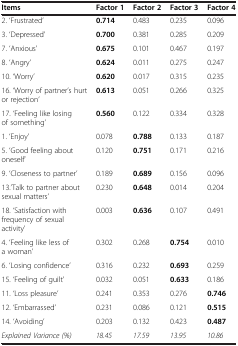
<table><thead><tr><td><b>Items</b></td><td><b>Factor 1</b></td><td><b>Factor 2</b></td><td><b>Factor 3</b></td><td><b>Factor 4</b></td></tr></thead><tbody><tr><td>2. ‘Frustrated’</td><td><b>0.714</b></td><td>0.483</td><td>0.235</td><td>0.096</td></tr><tr><td>3. ‘Depressed’</td><td><b>0.700</b></td><td>0.381</td><td>0.285</td><td>0.209</td></tr><tr><td>7. ‘Anxious’</td><td><b>0.675</b></td><td>0.101</td><td>0.467</td><td>0.197</td></tr><tr><td>8. ‘Angry’</td><td><b>0.624</b></td><td>0.011</td><td>0.275</td><td>0.247</td></tr><tr><td>10. ‘Worry’</td><td><b>0.620</b></td><td>0.017</td><td>0.315</td><td>0.235</td></tr><tr><td>16. ‘Worry of partner’s hurt or rejection’</td><td><b>0.613</b></td><td>0.051</td><td>0.266</td><td>0.325</td></tr><tr><td>17. ‘Feeling like losing of something’</td><td><b>0.560</b></td><td>0.122</td><td>0.334</td><td>0.328</td></tr><tr><td>1. ‘Enjoy’</td><td>0.078</td><td><b>0.788</b></td><td>0.133</td><td>0.187</td></tr><tr><td>5. ‘Good feeling about oneself’</td><td>0.120</td><td><b>0.751</b></td><td>0.171</td><td>0.216</td></tr><tr><td>9. ‘Closeness to partner’</td><td>0.189</td><td><b>0.689</b></td><td>0.156</td><td>0.096</td></tr><tr><td>13.’Talk to partner about sexual matters’</td><td>0.230</td><td><b>0.648</b></td><td>0.014</td><td>0.204</td></tr><tr><td>18. ‘Satisfaction with frequency of sexual activity’</td><td>0.003</td><td><b>0.636</b></td><td>0.107</td><td>0.491</td></tr><tr><td>4. ‘Feeling like less of a woman’</td><td>0.302</td><td>0.268</td><td><b>0.754</b></td><td>0.010</td></tr><tr><td>6. ‘Losing confidence’</td><td>0.316</td><td>0.232</td><td><b>0.693</b></td><td>0.259</td></tr><tr><td>15. ‘Feeling of guilt’</td><td>0.032</td><td>0.051</td><td><b>0.633</b></td><td>0.186</td></tr><tr><td>11. ‘Loss pleasure’</td><td>0.241</td><td>0.353</td><td>0.276</td><td><b>0.746</b></td></tr><tr><td>12. ‘Embarrassed’</td><td>0.231</td><td>0.086</td><td>0.121</td><td><b>0.515</b></td></tr><tr><td>14. ‘Avoiding’</td><td>0.203</td><td>0.132</td><td>0.423</td><td><b>0.487</b></td></tr><tr><td><i>Explained Variance (%)</i></td><td><i>18.45</i></td><td><i>17.59</i></td><td><i>13.95</i></td><td><i>10.86</i></td></tr></tbody></table>